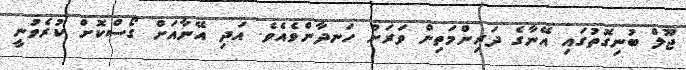
ޖޫލް ބުނިގޮތުގައި އޭނާގެ ދަރިންމަތިން ވަރަށް ހަނދާންވެއެވެ. އަދި އޭނާއަށް ގޯސްކޮށް ކުރެވުނީ